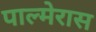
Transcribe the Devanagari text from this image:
पाल्मेरास